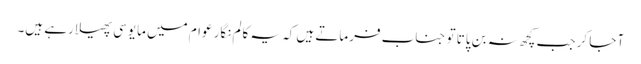
آ جا کر جب کچھ نہ بن پاتا تو جناب فرماتے ہیں کہ یہ کالم نگار عوام میں مایوسی پھیلا رہے ہیں۔